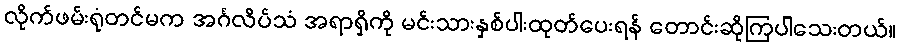
လိုက်ဖမ်းရုံတင်မက အင်္ဂလိပ်သံ အရာရှိကို မင်းသားနှစ်ပါးထုတ်ပေးရန် တောင်းဆိုကြပါသေးတယ်။